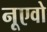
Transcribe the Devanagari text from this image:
नूएवो